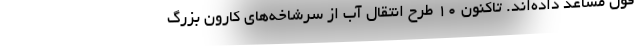
قول مساعد داده‌اند. تاکنون ۱۰ طرح انتقال آب از سرشاخه‌های کارون بزرگ